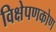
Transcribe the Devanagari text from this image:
विक्षेपणकोण